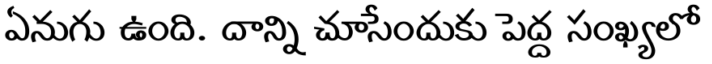
ఏనుగు ఉంది. దాన్ని చూసేందుకు పెద్ద సంఖ్యలో